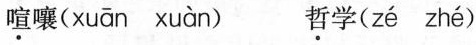
\underline{喧}嚷( $$xuān xuàn ) \underline{哲}学( zé zhé )